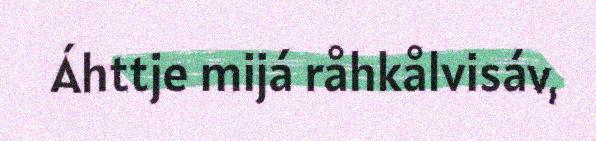
Áhttje mijá råhkålvisáv,